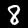
Digit: 8